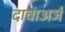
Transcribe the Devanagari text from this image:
दावाअर्ज